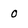
Character: 0